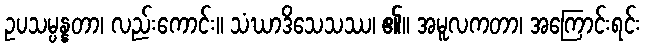
ဥပသမ္ပန္နတာ၊ လည်းကောင်း။ သံဃာဒိသေသဿ၊ ၏။ အမူလကတာ၊ အကြောင်းရင်း